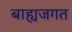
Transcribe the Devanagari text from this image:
बाह्यजगत